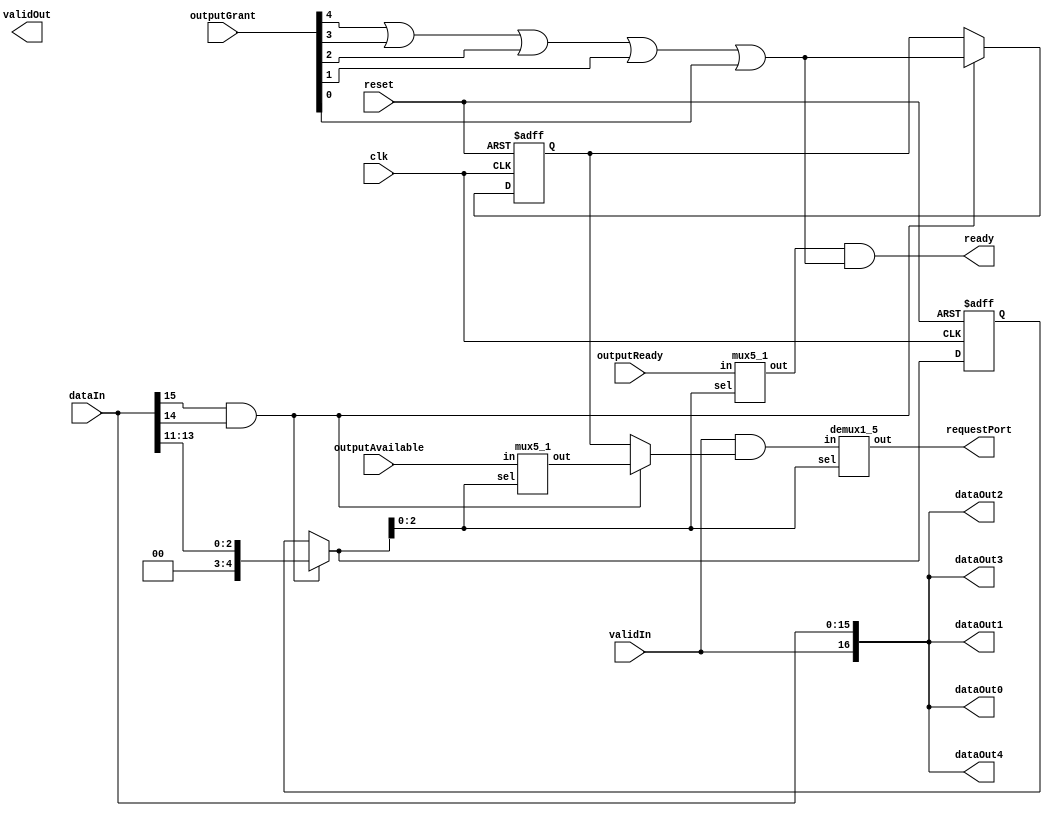
module datapath
(
    input                   clk,reset,
    input                   validIn,
    input       [4:0]       outputAvailable,outputReady,outputGrant,
    input       [15:0]      dataIn,
    output      [16:0]      dataOut0,dataOut1,dataOut2,dataOut3,dataOut4,
    output      [4:0]       validOut,requestPort,
    output                  ready
);

wire            isHead;
wire            grant,readyPort;
wire   [4:0]    destination;
wire   [2:0]    selectPort;
wire            portAvailable;
wire            request;
reg    [4:0]    outPort;
reg             outLock;


assign isHead        = dataIn[15]&dataIn[14];
assign destination   = dataIn[13:11];

assign selectPort    = isHead?destination:outPort;

mux5_1 Available( .in(outputAvailable), .sel(selectPort), .out(portAvailable));
mux5_1 outReady ( .in(outputReady)    , .sel(selectPort), .out(readyPort));

assign request=validIn&(isHead?portAvailable:outLock);
demux1_5 outRequest( .in(request), .sel(selectPort), .out(requestPort));

assign ready    = readyPort&(outputGrant[4]|outputGrant[3]|outputGrant[2]|outputGrant[1]|outputGrant[0]);


assign dataOut0 = {validIn,dataIn};
assign dataOut1 = {validIn,dataIn};
assign dataOut2 = {validIn,dataIn};
assign dataOut3 = {validIn,dataIn};
assign dataOut4 = {validIn,dataIn};

always @(posedge clk or posedge reset) begin
    if(reset) begin
        outPort<=5'b0;
        outLock<=1'b0;
    end
    else begin
        if(isHead) begin
            outPort<=destination;
            outLock<=(outputGrant[4]|outputGrant[3]|outputGrant[2]|outputGrant[1]|outputGrant[0]);
        end
    end
end



endmodule



module mux5_1
(
    input   [4:0]    in,
    input   [2:0]    sel,
    output           out
);
wire    [1:0]    stage_1;
wire             stage_2;
wire             stage_3;

assign stage_1[0]=sel[0]?in[1]:in[0];
assign stage_1[1]=sel[0]?in[3]:in[2];

assign stage_2=sel[1]?stage_1[1]:stage_1[0];

assign stage_3=sel[2]?in[4]:stage_2;

assign out=stage_3;

endmodule

module demux1_5
(
    input            in,
    input   [2:0]    sel,
    output  [4:0]    out
);

assign out[0]=in&(!sel[2]&!sel[1]&!sel[0]);
assign out[1]=in&(!sel[2]&!sel[1]&sel[0]);
assign out[2]=in&(!sel[2]&sel[1]&!sel[0]);
assign out[3]=in&(!sel[2]&sel[1]&sel[0]);
assign out[4]=in&sel[2];

endmodule